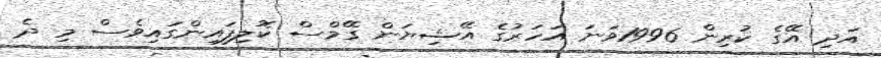
އަދި އޭގެ ކުރިން 1996ވަނަ އަހަރުގެ އޭޝިޔަން ގޭމްސް ކޮލިފައިންގައިވެސް މި ދެ